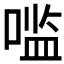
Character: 𰈓